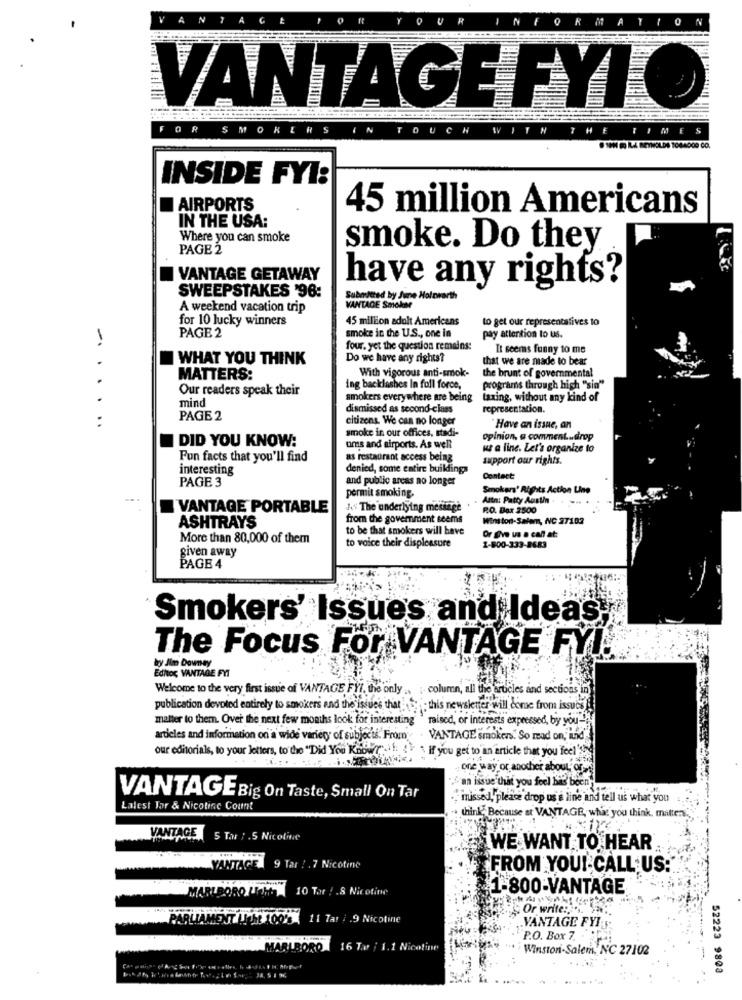
1
IN
VANTAGE FYI O
F
SMOKERS
DUCH
WITH
THE
TIMES
INSIDE FYI:
AIRPORTS
45 million Americans
IN THE USA:
Where you can smoke
PAGE 2
smoke. Do they
VANTAGE GETAWAY
have any rights?
SWEEPSTAKES '96:
Submited by June Holaworth
A weekend vacation trip
VANTAGE Smoker
for 10 lucky winners
45 million adult Americans
to get our representatives to
PAGE 2
1
smoke in the U.S ., one in
pay attention to us.
four. yet the question remains:
It seems funny to me
.
WHAT YOU THINK
Do we have any rights?
that we are made to bear
With vigorous anti-smok-
MATTERS:
the brunt of governmental
Our readers speak their
ing backlashes In full force,
programs through high "sin"
mind
smokers everywhere are being
taxing, without any kind of
dismissed as second-class
representation.
. .
PAGE 2
citizens. We can no longer
smoke in our offices, stadi-
Have an issue, an
I DID YOU KNOW:
opinion, a comment .. drop
ums and airports. As well
us a line. Let's organize to
Fun facts that you'll find
as restaurant access being
support our rights.
interesting
denied, some entire buildings
PAGE 3
and public arcas no longer
Contact
Smokers' Rights Action Une
permit smoking
Attn: Patty Austin
VANTAGE PORTABLE
As The underlying message
R.O. Box 2500
from the government seems
Winston-Salem, NC 27102
ASHTRAYS
to be that smokers will have
More than 80,000 of them
Or Give us a call at:
given away
to voice their displeasure
1-800-333-8683
PAGE 4
Smokers' Issues and Ideas;
The Focus For VANTAGE FYI.
by Jim Downey
Editor VANTAGE FYT
Welcome to the very first issue of VANTAGE FYI, the only ..
:- column, all the articles and sections in
publication devoted entirely to smokers and the issues that
this newsletter will come from issues
matter to them. Over the next few months look for interesting
raised, or interests expressed, by you-
articles and information on a wide variety of subjects. From
VANTAGE smokers. So read on, ilid
our editorials, to your letters, to the "Did You Kabler":
if you get to an article that you feel'
one way or another about os-
an issue that you feel has been;
VANTAGE Big On Taste, Small On Tar
missed, please drop us a line and tell us what you
Latest Tor & Nicotine Count
· think, Because at VANTAGE, what you think, mitters .,
VANTAGE
5 Tar / .5 Nicoline
WE WANT TO HEAR
YANTAGE 9 Tar ! . 7 Nicotine
'FROM YOUI CALL US:"
MARLBORO Ucht
10 Tar ! . 8 Nicotine
1-800-VANTAGE
Or write :. ...
PARLIAMENT Licht 100's 11 Tar / .9 Nicotine
VANTAGE FYI
P.O. Box 7. -
MARLBORO
16 Tar j 1.1 Nico
Winston-Salem, NC 27102
52223 9803